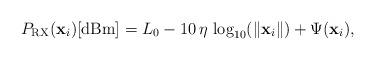
LaTeX: \begin{align*}P_{\mathrm{RX}}(\mathbf{x}_{i})\mbox{[dBm]}=L_{0}-10\,\eta\,\log_{10}(\Vert\mathbf{x}_{i}\Vert)+\Psi(\mathbf{x}_{i}),\end{align*}